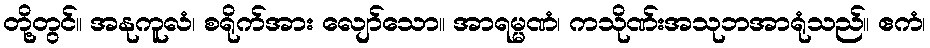
တို့တွင်။ အနုကူလံ၊ စရိုက်အား လျော်သော။ အာရမ္မဏံ၊ ကသိုဏ်းအသုဘအာရုံသည်။ ဧကံ၊